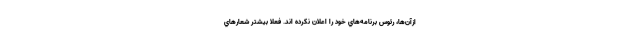
ازآن‌ها، رئوس برنامه‌هاي خود را اعلان نكرده اند. فعلا بيشتر شعارهاي